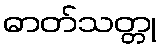
ဓာတ်သတ္တု